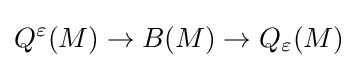
Q^{\varepsilon }(M)\to B(M)\to Q_{\varepsilon }(M)